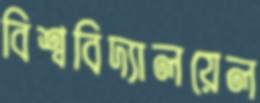
বিশ্ববিদ্যালয়েল